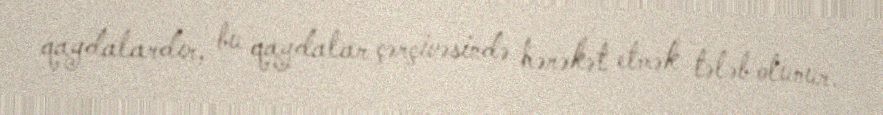
qaydalardır, bu qaydalar çərçivəsində hərəkət etmək tələb olunur.